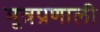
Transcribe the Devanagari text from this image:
मूत्रप्रणाली